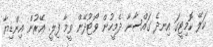
ކަލޭ ކޮމިޓީގަ އިނދެ ގައްސާނާ ދެމީހުން ވޯޓުދޭން ވީމާ ފިލީ. ޢޭރުން އިންޑިޔާ